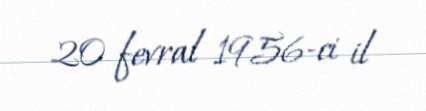
20 fevral 1956-ci il